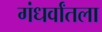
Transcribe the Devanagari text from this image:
गंधर्वांतला